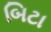
બિટા